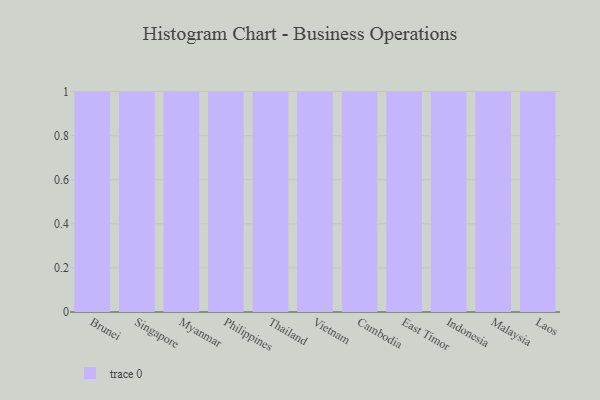
{"axis": {"x": "Country", "y": "Market Share (%)"}, "legend": [""], "data": [{"x": "Brunei", "y": 69, "type": ""}, {"x": "Singapore", "y": 20, "type": ""}, {"x": "Myanmar", "y": 71, "type": ""}, {"x": "Philippines", "y": 100, "type": ""}, {"x": "Thailand", "y": 100, "type": ""}, {"x": "Vietnam", "y": 88, "type": ""}, {"x": "Cambodia", "y": 9, "type": ""}, {"x": "East Timor", "y": 89, "type": ""}, {"x": "Indonesia", "y": 58, "type": ""}, {"x": "Malaysia", "y": 41, "type": ""}, {"x": "Laos", "y": 8, "type": ""}]}